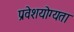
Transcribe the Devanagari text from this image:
प्रवेशयोग्यता